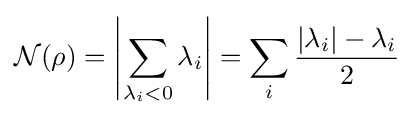
{\mathcal {N}}(\rho )=\left|\sum _{\lambda _{i}<0}\lambda _{i}\right|=\sum _{i}{\frac {|\lambda _{i}|-\lambda _{i}}{2}}